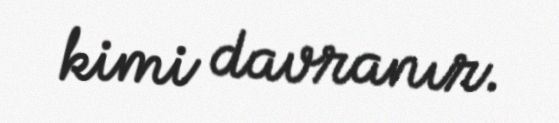
kimi davranır.